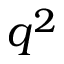
q ^ { 2 }